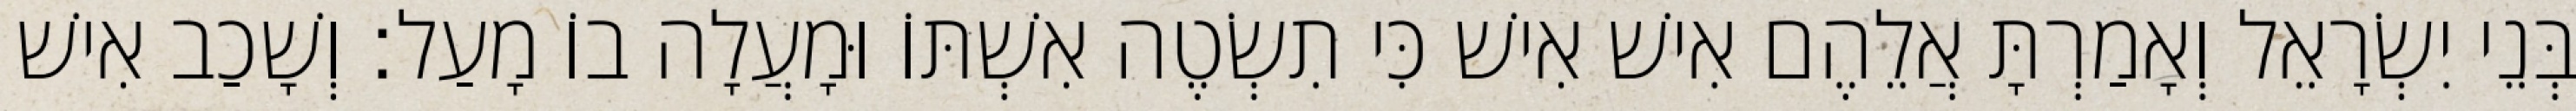
בְּנֵי יִשְׂרָאֵל וְאָמַרְתָּ אֲלֵהֶם אִישׁ אִישׁ כִּי תִשְׂטֶה אִשְׁתּוֹ וּמָעֲלָה בוֹ מָעַל׃ וְשָׁכַב אִישׁ